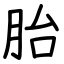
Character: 胎